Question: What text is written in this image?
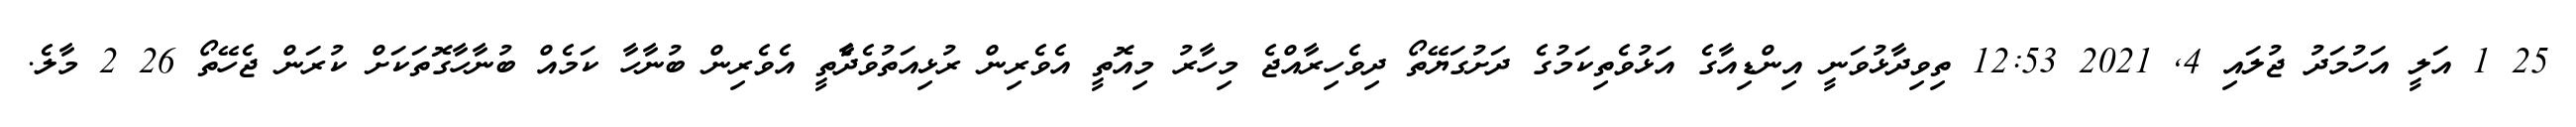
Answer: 25 1 އަލީ އަހުމަދު ޖުލައި 4, 2021 12:53 ތިވިދާޅުވަނީ އިންޑިއާގެ އަޅުވެތިކަމުގެ ދަށުގަޔޭތޯ ދިވެހިރާއްޖެ މިހާރު މިއޮތީ އެވެރިން ރުޅިއަތުވެދާެތީ އެވެރިން ބުނާހާ ކަމެއް ބުނާހާގޮތަކަށް ކުރަން ޖެހޭތޯ 26 2 މާލެ.